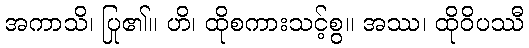
အကာသိ၊ ပြု၏။ ဟိ၊ ထိုစကားသင့်စွ။ အဿ၊ ထိုဝိပဿီ